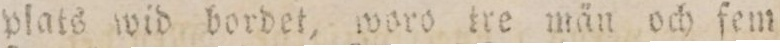
plats wid bordet, woro tre män och fem